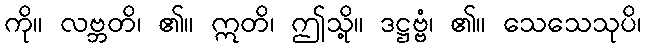
ကို။ လဗ္ဘတိ၊ ၏။ ဣတိ၊ ဤသို့။ ဒဋ္ဌဗ္ဗံ၊ ၏။ သေသေသုပိ၊